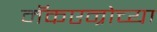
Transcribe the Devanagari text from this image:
मॅकएन्रोच्या